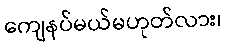
ကျေနပ်မယ်မဟုတ်လား၊